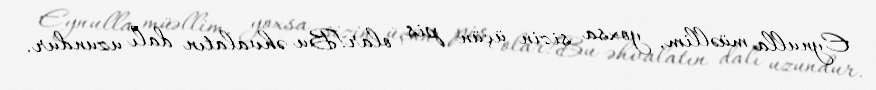
Eynulla müəllim, yoxsa sizin üçün pis olar!Bu əhvalatın dalı uzundur.